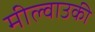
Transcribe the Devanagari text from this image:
मील्वाउकी